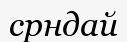
срндай